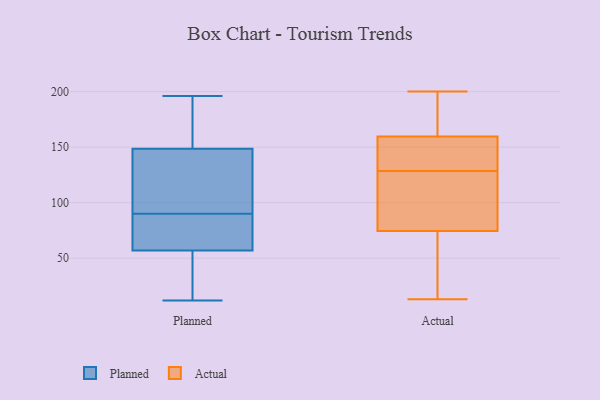
{"axis": {"x": "Energy Usage (MWh)", "y": "Value"}, "legend": ["Actual", "Planned"], "data": [{"x": "", "y": 150, "type": "Planned"}, {"x": "", "y": 172, "type": "Planned"}, {"x": "", "y": 55, "type": "Planned"}, {"x": "", "y": 146, "type": "Planned"}, {"x": "", "y": 196, "type": "Planned"}, {"x": "", "y": 59, "type": "Planned"}, {"x": "", "y": 89, "type": "Planned"}, {"x": "", "y": 72, "type": "Planned"}, {"x": "", "y": 65, "type": "Planned"}, {"x": "", "y": 188, "type": "Planned"}, {"x": "", "y": 126, "type": "Planned"}, {"x": "", "y": 35, "type": "Planned"}, {"x": "", "y": 22, "type": "Planned"}, {"x": "", "y": 37, "type": "Planned"}, {"x": "", "y": 75, "type": "Planned"}, {"x": "", "y": 147, "type": "Planned"}, {"x": "", "y": 127, "type": "Planned"}, {"x": "", "y": 91, "type": "Planned"}, {"x": "", "y": 12, "type": "Planned"}, {"x": "", "y": 161, "type": "Planned"}, {"x": "", "y": 130, "type": "Actual"}, {"x": "", "y": 38, "type": "Actual"}, {"x": "", "y": 108, "type": "Actual"}, {"x": "", "y": 148, "type": "Actual"}, {"x": "", "y": 137, "type": "Actual"}, {"x": "", "y": 160, "type": "Actual"}, {"x": "", "y": 25, "type": "Actual"}, {"x": "", "y": 127, "type": "Actual"}, {"x": "", "y": 41, "type": "Actual"}, {"x": "", "y": 13, "type": "Actual"}, {"x": "", "y": 69, "type": "Actual"}, {"x": "", "y": 80, "type": "Actual"}, {"x": "", "y": 191, "type": "Actual"}, {"x": "", "y": 117, "type": "Actual"}, {"x": "", "y": 159, "type": "Actual"}, {"x": "", "y": 200, "type": "Actual"}, {"x": "", "y": 137, "type": "Actual"}, {"x": "", "y": 92, "type": "Actual"}, {"x": "", "y": 195, "type": "Actual"}, {"x": "", "y": 190, "type": "Actual"}]}